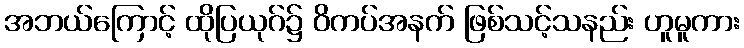
အဘယ်ကြောင့် ထိုပြယုဂ်၌ ဝိကပ်အနက် ဖြစ်သင့်သနည်း ဟူမူကား